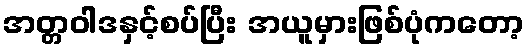
အတ္တဝါဒနှင့်စပ်ပြီး အယူမှားဖြစ်ပုံကတော့